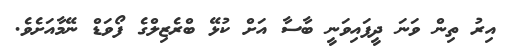
އިރު ތިން ވަނަ ދީފައިވަނީ ބާސާ އަށް ކުޅޭ ބްރެޒިލްގެ ފޯވަޑް ނޭމާއަށެވެ.